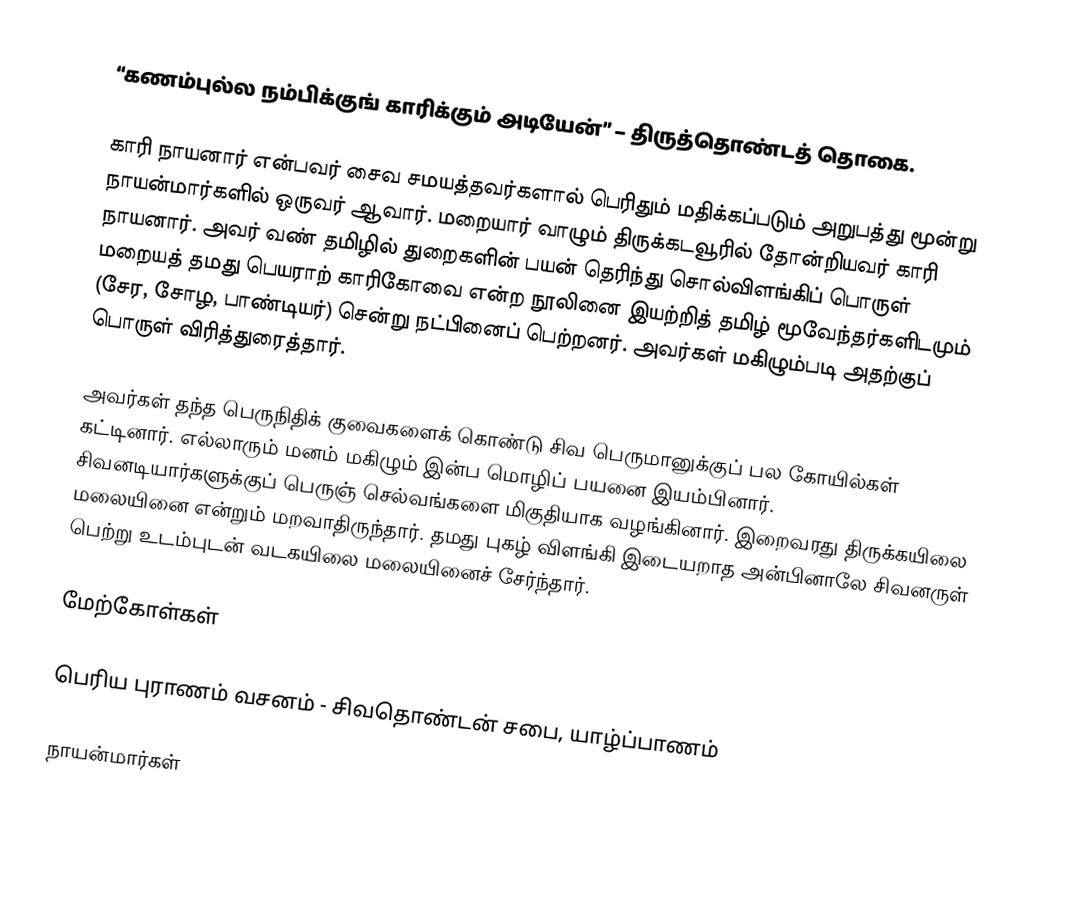
“கணம்புல்ல நம்பிக்குங் காரிக்கும் அடியேன்” – திருத்தொண்டத் தொகை.

காரி நாயனார் என்பவர் சைவ சமயத்தவர்களால் பெரிதும் மதிக்கப்படும் அறுபத்து மூன்று நாயன்மார்களில் ஒருவர் ஆவார். மறையார் வாழும் திருக்கடவூரில் தோன்றியவர் காரி நாயனார். அவர் வண் தமிழில் துறைகளின் பயன் தெரிந்து சொல்விளங்கிப் பொருள் மறையத் தமது பெயராற் காரிகோவை என்ற நூலினை இயற்றித் தமிழ் மூவேந்தர்களிடமும் (சேர, சோழ, பாண்டியர்) சென்று நட்பினைப் பெற்றனர். அவர்கள் மகிழும்படி அதற்குப் பொருள் விரித்துரைத்தார்.

அவர்கள் தந்த பெருநிதிக் குவைகளைக் கொண்டு சிவ பெருமானுக்குப் பல கோயில்கள் கட்டினார். எல்லாரும் மனம் மகிழும் இன்ப மொழிப் பயனை இயம்பினார். சிவனடியார்களுக்குப் பெருஞ் செல்வங்களை மிகுதியாக வழங்கினார். இறைவரது திருக்கயிலை மலையினை என்றும் மறவாதிருந்தார். தமது புகழ் விளங்கி இடையறாத அன்பினாலே சிவனருள் பெற்று உடம்புடன் வடகயிலை மலையினைச் சேர்ந்தார்.

மேற்கோள்கள்

பெரிய புராணம் வசனம் - சிவதொண்டன் சபை, யாழ்ப்பாணம்

நாயன்மார்கள்